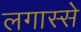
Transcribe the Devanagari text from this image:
लगास्से